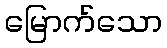
မြောက်သော